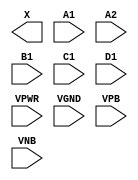
module sky130_fd_sc_hd__o2111a (
    X   ,
    A1  ,
    A2  ,
    B1  ,
    C1  ,
    D1  ,
    VPWR,
    VGND,
    VPB ,
    VNB
);

    output X   ;
    input  A1  ;
    input  A2  ;
    input  B1  ;
    input  C1  ;
    input  D1  ;
    input  VPWR;
    input  VGND;
    input  VPB ;
    input  VNB ;
endmodule